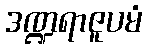
ဒဏ္ဍရာဇူပမံ